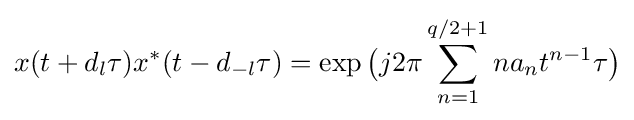
x(t+d_{l}\tau )x^{*}(t-d_{-l}\tau )=\exp {\bigl (}j2\pi \sum _{n=1}^{q/2+1}na_{n}t^{n-1}\tau {\bigr )}